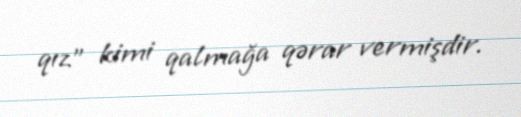
qız" kimi qalmağa qərar vermişdir.